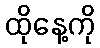
ထိုနေ့ကို